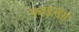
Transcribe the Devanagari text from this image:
फाइन्डर्स